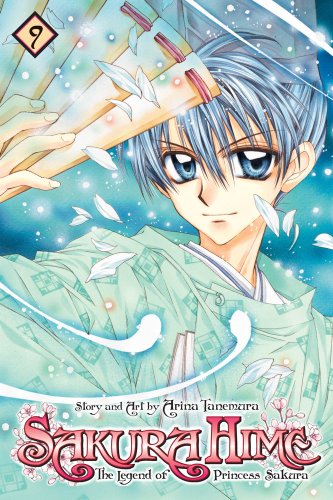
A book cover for Sakura Hime: The Legend of Princess Sakura , Vol. 9 (SAKURA HIME KADEN); Arina Tanemura; Teen & Young Adult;